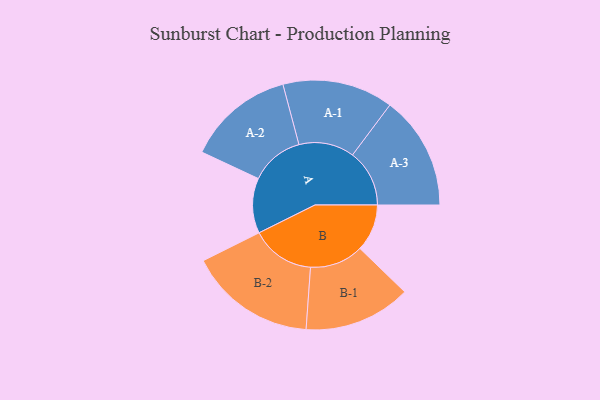
{"axis": {"x": "Segment", "y": "Value"}, "legend": ["", "A", "B"], "data": [{"x": "A", "y": 214, "type": ""}, {"x": "B", "y": 183, "type": ""}, {"x": "A-1", "y": 215, "type": "A"}, {"x": "A-2", "y": 208, "type": "A"}, {"x": "A-3", "y": 221, "type": "A"}, {"x": "B-1", "y": 208, "type": "B"}, {"x": "B-2", "y": 247, "type": "B"}]}